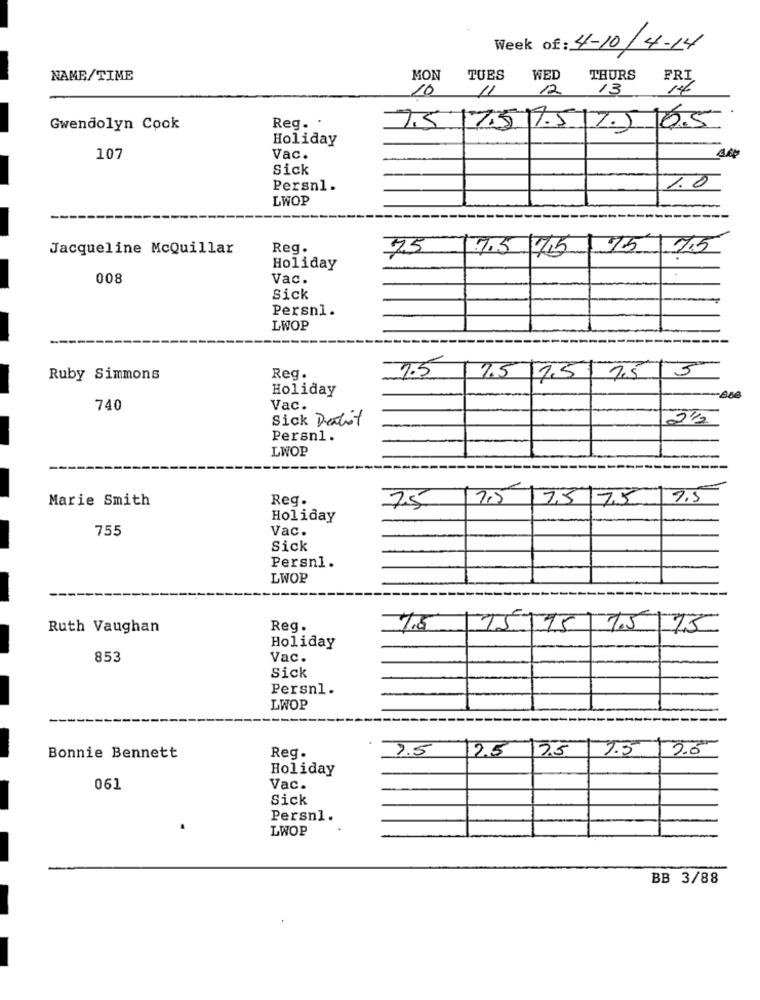
Week of: 4-10/4-14
NAME/TIME
MON
TUES
WED
THURS
FRI
10
11
12
13
14.
Gwendolyn Cook
Reg. .
75 175 7.5 25 65
Holiday
107
Vac.
Sick
Persnl.
1.0
LWOP
Jacqueline McQuillar
Reg.
75
7.5 75
175
7.5
Holiday
008
Vac.
Sick
Persnl.
LWOP
1.5
Ruby Simmons
Reg.
1.5
7.5 7.5 5
Holiday
740
Vac.
Sick Deatot
Persnl.
LWOP
Marie Smith
Reg.
7.5 7.5
25 7.5
7.5
Holiday
755
Vac.
Sick
Persn1.
LWOP
---
Ruth Vaughan
Reg.
7.6
15/15
7.5/15
Holiday
853
Vac.
Sick
Persnl.
LWOP
7.5
12.5
3.5
7.5
2.0
Bonnie Bennett
Reg.
Holiday
061
Vac.
Sick
Persnl.
LWOP
BB 3/88